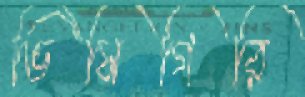
ভিসিগিরি